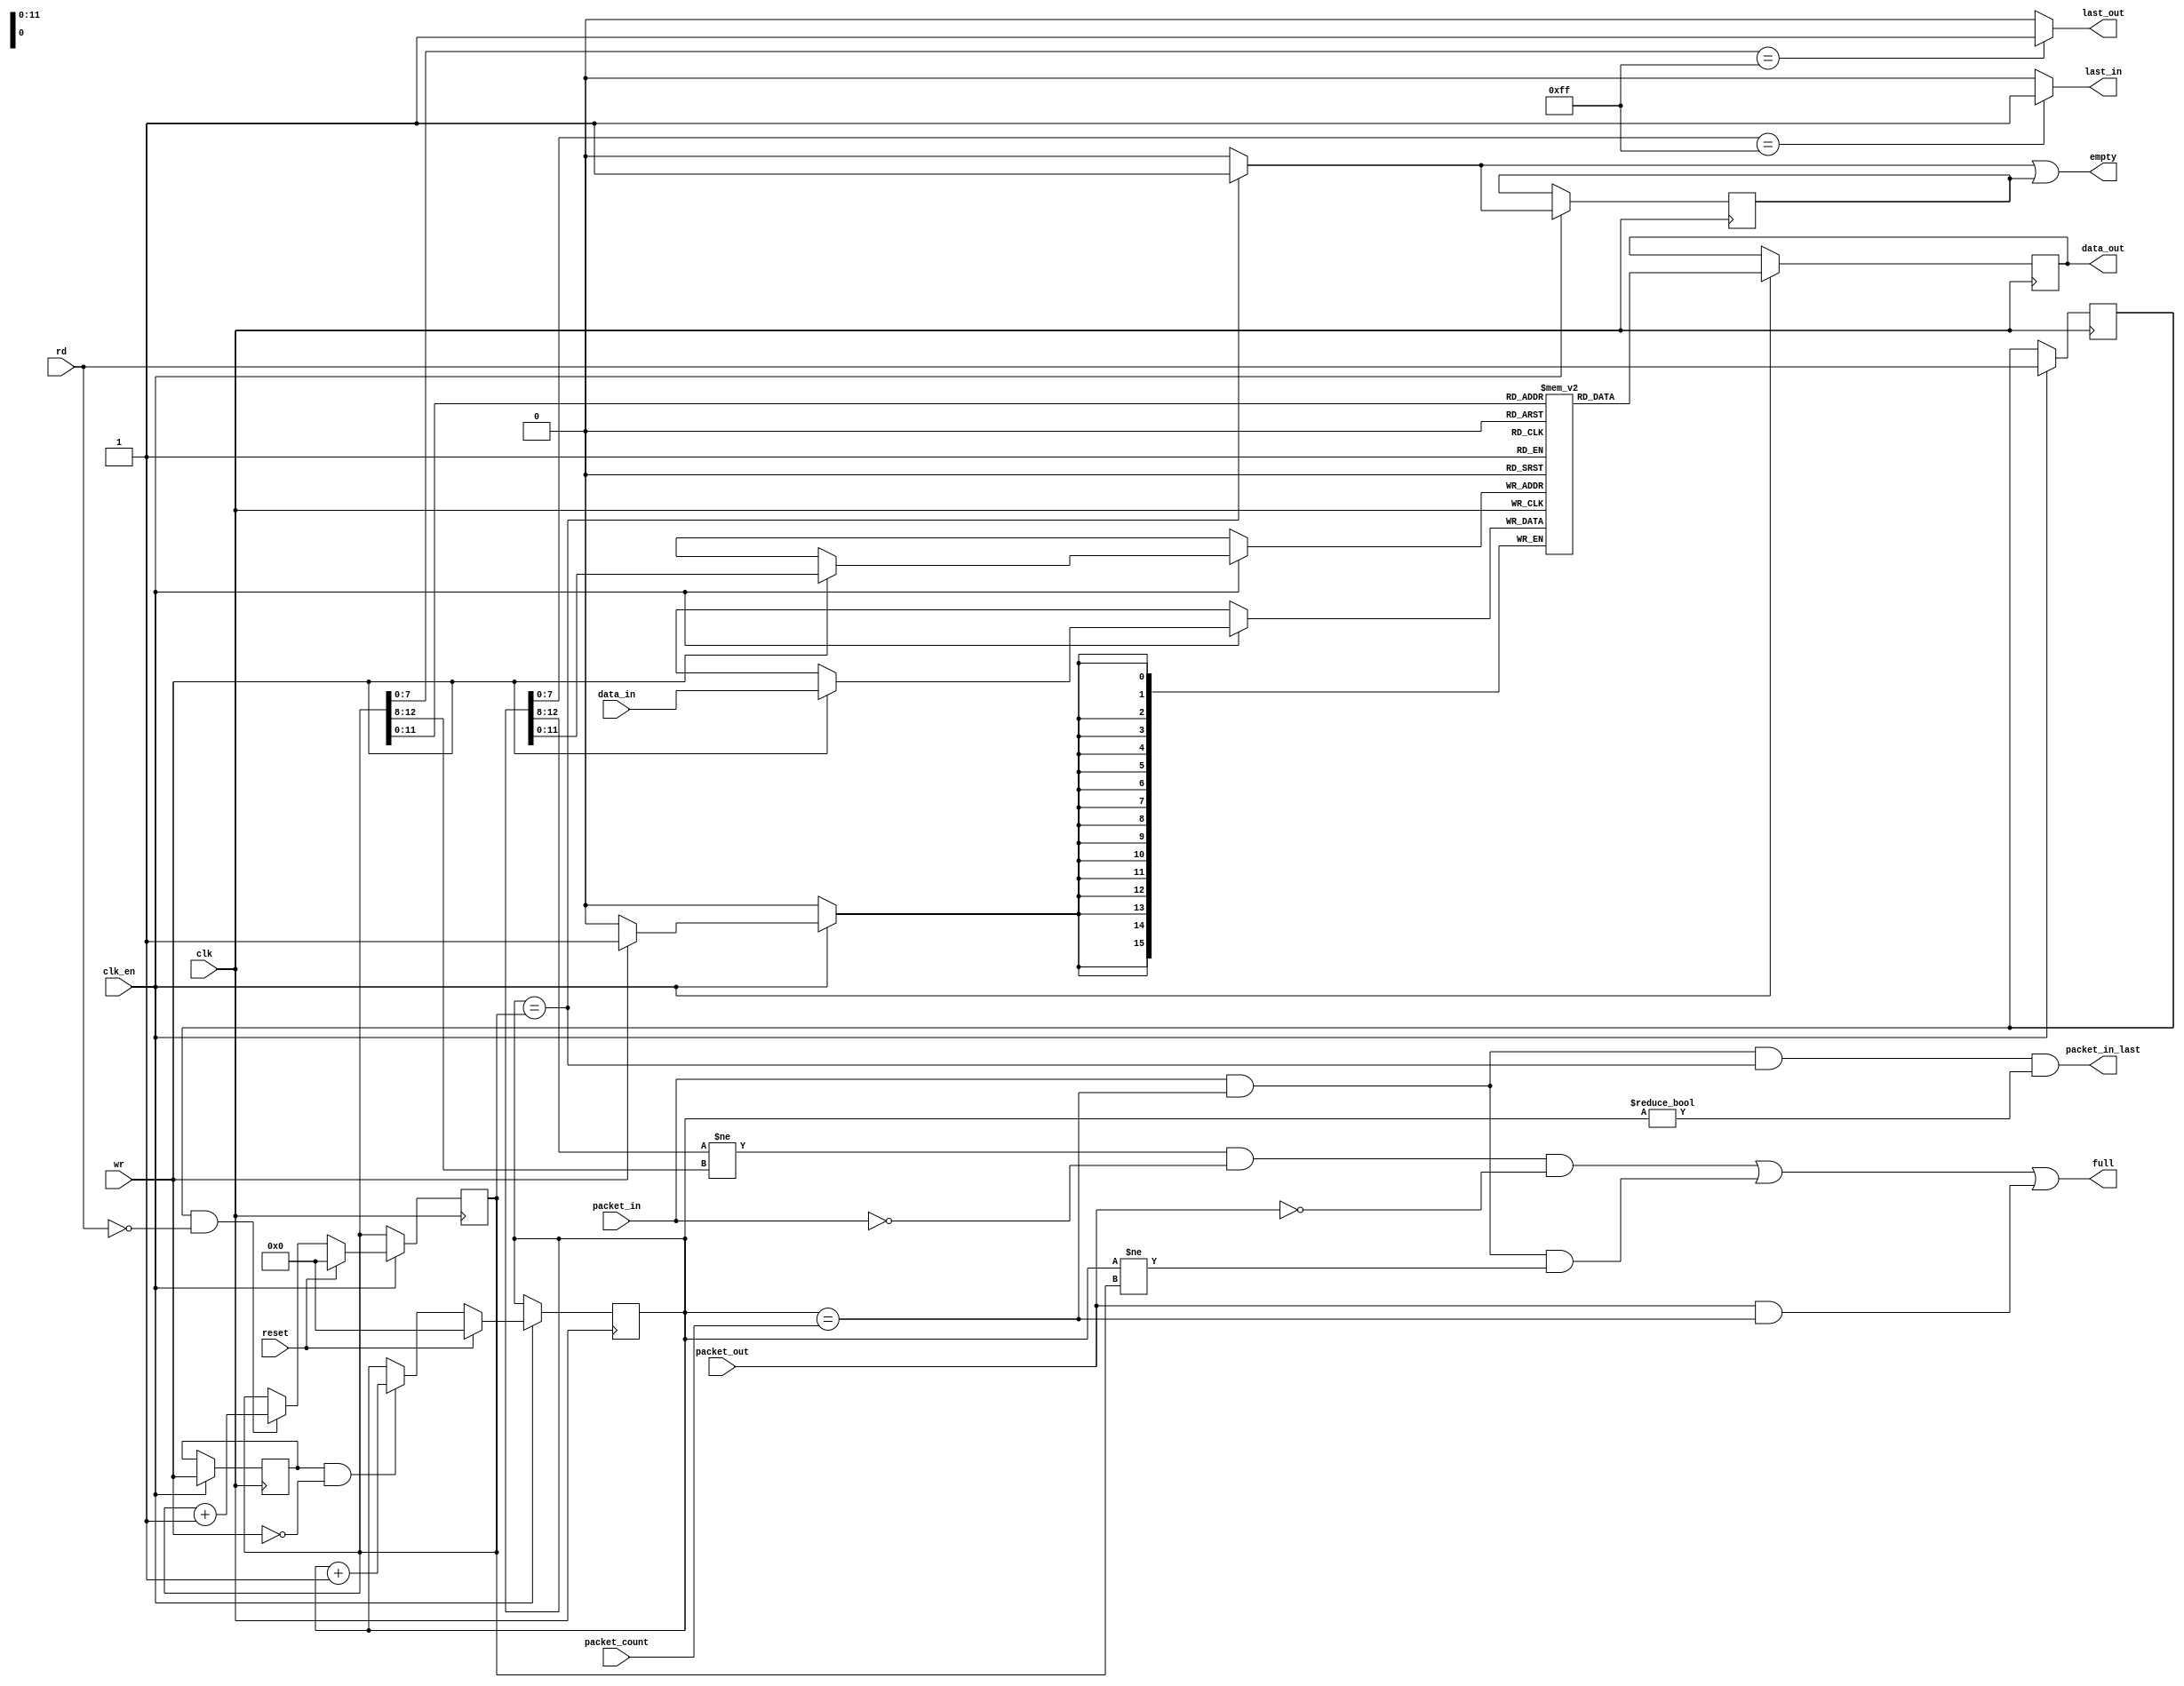
module ide_fifo
(
	input         clk,             // bus clock
	input         clk_en,
	input         reset,           // reset 
	input  [15:0] data_in,         // data in
	output reg [15:0] data_out,    // data out
	input         rd,              // read from fifo
	input         wr,              // write to fifo
	input         packet_in,
	input         packet_out,
	input  [12:0] packet_count,
	output        packet_in_last,  // last word is read in packet_in state
	output        full,            // fifo is full
	output        empty,           // fifo is empty
	output        last_out,        // the last word of a sector is being read
	output        last_in          // the last word of a sector is being written
);

// local signals and registers
reg   [15:0] mem [4095:0]; // 16 bit wide fifo memory
reg   [12:0] inptr;        // fifo input pointer
reg   [12:0] outptr;       // fifo output pointer
wire         empty_rd;     // fifo empty flag (set immediately after reading the last word)
reg          empty_wr;     // fifo empty flag (set one clock after writting the empty fifo)
reg          rd_old;
reg          wr_old;

always @(posedge clk)
	if (clk_en) begin
		rd_old <= rd;
		wr_old <= wr;
	end

// main fifo memory (implemented using synchronous block ram)
always @(posedge clk)
	if (clk_en) begin
		if (wr)
			mem[inptr[11:0]] <= data_in;
	end

always @(posedge clk)
	if (clk_en)
		data_out <= mem[outptr[11:0]];

// fifo write pointer control
always @(posedge clk)
	if (clk_en) begin
		if (reset)
			inptr <= 0;
		else if (wr_old & ~wr)
			inptr <= inptr + 1'd1;
	end

// fifo read pointer control
always @(posedge clk)
	if (clk_en) begin
		if (reset)
			outptr <= 0;
		else if (rd_old & ~rd)
			outptr <= outptr + 1'd1;
	end

// the empty flag is set immediately after reading the last word from the fifo
assign empty_rd = inptr==outptr ? 1'b1 : 1'b0;

// after writting empty fifo the empty flag is delayed by one clock to handle ram write delay
always @(posedge clk)
	if (clk_en)
		empty_wr <= empty_rd;

assign empty = empty_rd | empty_wr;

// at least 512 bytes are in FIFO 
// this signal is activated when 512th byte is written to the empty fifo
// then it's deactivated when 512th byte is read from the fifo (hysteresis)
// special handlig of packet commands
assign full = (inptr[12:8] != outptr[12:8] && !packet_in && !packet_out) ||
              (packet_in && inptr == packet_count && inptr != outptr) ||
              (packet_out && inptr == packet_count /*&& inptr != outptr*/);
assign packet_in_last = packet_in && inptr == packet_count && inptr == outptr && inptr != 0;

assign last_out = outptr[7:0] == 8'hFF ? 1'b1 : 1'b0;
assign last_in  = inptr [7:0] == 8'hFF ? 1'b1 : 1'b0;

endmodule